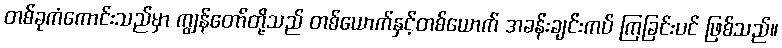
တစ်ခုကံကောင်းသည်မှာ ကျွန်တော်တို့သည် တစ်ယောက်နှင့်တစ်ယောက် အခန်းချင်းကပ် ကြခြင်းပင် ဖြစ်သည်။